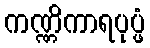
ကဏ္ဏိကာရပုပ္ဖံ